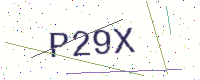
Text: P29X